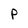
Character: P